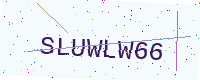
Text: SLUWLW66